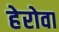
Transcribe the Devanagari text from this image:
हेरोवा